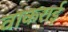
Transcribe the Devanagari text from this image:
वाकराई